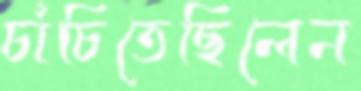
চাঁচিতেছিলেন